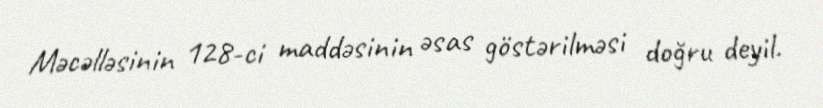
Məcəlləsinin 128-ci maddəsinin əsas göstərilməsi doğru deyil.